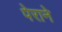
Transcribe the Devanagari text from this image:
पेराने